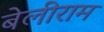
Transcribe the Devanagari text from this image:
बेलीराम